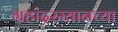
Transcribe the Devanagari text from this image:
ग्रहांदरम्यानच्या